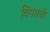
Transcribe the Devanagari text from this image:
विंगराची